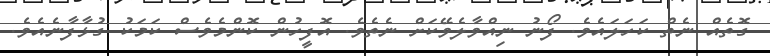
ގޮތެއް ނެތް ކަހަލައެވެ. ފޯނު ނިއްވާލެވޭކަށް ނެތެވެ. އޮފީހުން ކޮންމެވެސް ކަމަކު ގުޅާފާނެއެވެ.